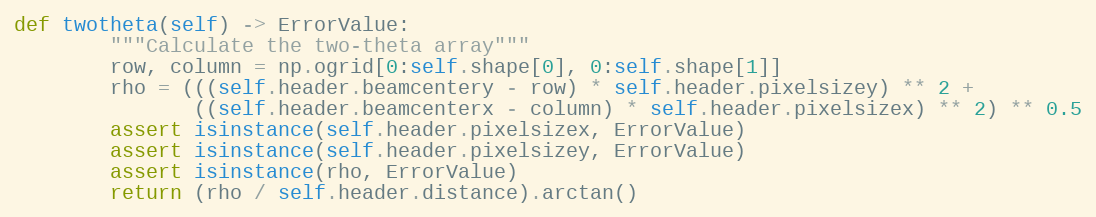
Language: Python
def twotheta(self) -> ErrorValue:
        """Calculate the two-theta array"""
        row, column = np.ogrid[0:self.shape[0], 0:self.shape[1]]
        rho = (((self.header.beamcentery - row) * self.header.pixelsizey) ** 2 +
               ((self.header.beamcenterx - column) * self.header.pixelsizex) ** 2) ** 0.5
        assert isinstance(self.header.pixelsizex, ErrorValue)
        assert isinstance(self.header.pixelsizey, ErrorValue)
        assert isinstance(rho, ErrorValue)
        return (rho / self.header.distance).arctan()